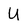
Character: u